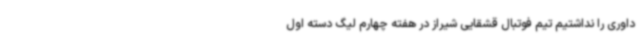
داوری را نداشتیم تیم فوتبال قشقایی شیراز در هفته چهارم لیگ دسته اول